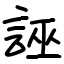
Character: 誣